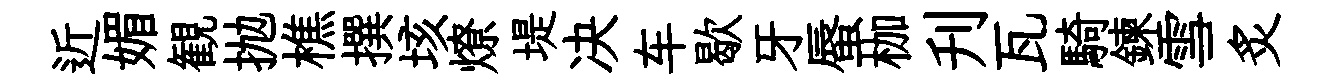
近媚観抛樵撰垓燎堤决车歇牙蜃枷刋瓦騎鍊雪炙